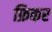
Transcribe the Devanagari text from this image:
फ्रिकर